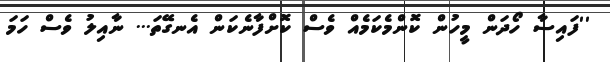
''ފައިސާ ހޯދަން މީހުން ކޮންމެކަމެއް ވެސް ކޮށްފާނެކަން އެނގޭތަ... ނާއިލު ވެސް ހަމަ